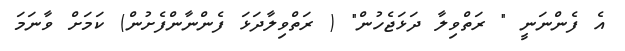
އެ ފެންނަނީ " ރަތްވިލާ ދަޅަޖެހުން" ( ރަތްވިލާދަޅަ ފެންނާންފެށުން) ކަމަށް ވާނަމަ